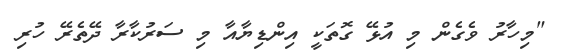
"މިހާރު ވެގެން މި އުޅޭ ގޮތަކީ އިންޑިޔާއާ މި ސަރުކާރާ ދޭތެރޭ ހުރި